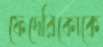
ফেদেরিকোকে